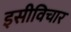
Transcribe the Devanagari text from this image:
इसीविचार